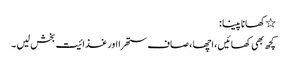
٭کھانا پینا :
کچھ بھی کھائیں ، اچھا ، صاف ستھرا اور غذائیت بخش لیں ۔